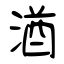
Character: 湭